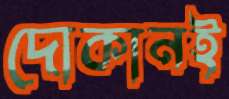
দোকানই